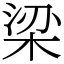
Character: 梁